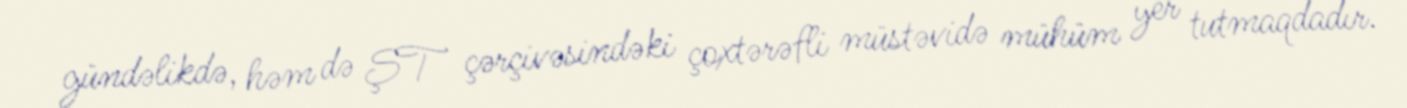
gündəlikdə, həm də ŞT çərçivəsindəki çoxtərəfli müstəvidə mühüm yer tutmaqdadır.